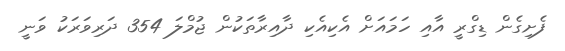
ފެށިގެން ޑިގްރީ އާއި ހަމައަށް އެކިއެކި ދާއިރާތަކުން ޖުމްލަ 354 ދަރިވަރަކު ވަނީ